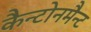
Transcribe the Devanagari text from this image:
कैन्टोनमैन्ट